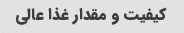
کیفیت و مقدار غذا عالی